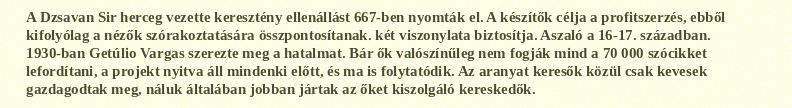
A Dzsavan Sir herceg vezette keresztény ellenállást 667-ben nyomták el. A készítők célja a profitszerzés, ebből kifolyólag a nézők szórakoztatására összpontosítanak. két viszonylata biztosítja. Aszaló a 16-17. században. 1930-ban Getúlio Vargas szerezte meg a hatalmat. Bár ők valószínűleg nem fogják mind a 70 000 szócikket lefordítani, a projekt nyitva áll mindenki előtt, és ma is folytatódik. Az aranyat keresők közül csak kevesek gazdagodtak meg, náluk általában jobban jártak az őket kiszolgáló kereskedők.